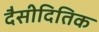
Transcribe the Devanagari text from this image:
दैसीदितिक